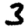
Digit: 3